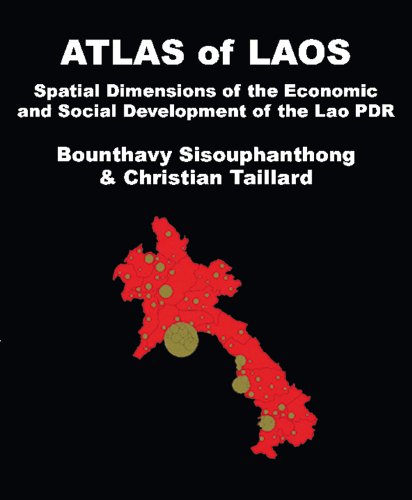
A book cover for Atlas of Laos: The Spatial Structures of Economic and Social Development of the Lao People's Democratic Republic; Bounthavy Sisouphanthong; History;